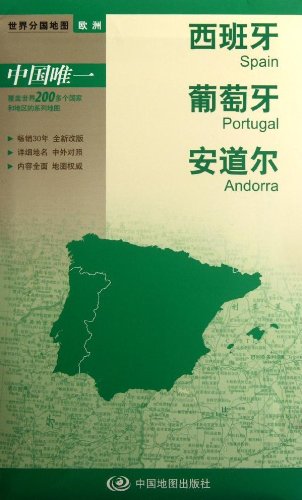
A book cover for New version world divided country map Europe: Spain. Portugal. Andorra (boxed folding version)(Chinese Edition); ZHOU MIN; Travel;